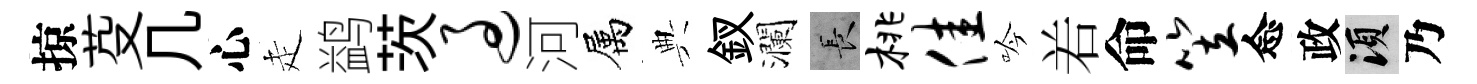
掠芟几心走鹢茨过河属典釵瀾长桃佳吟𠰥命笠念政須乃